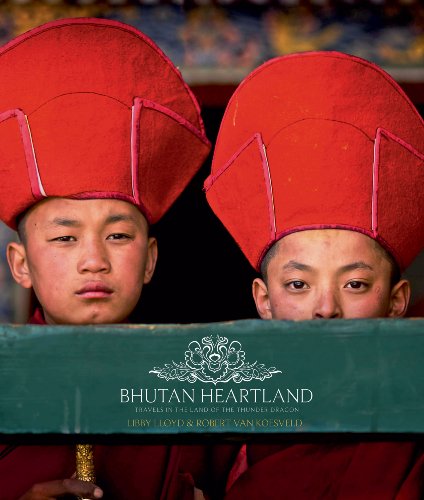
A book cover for Bhutan Heartland: Travels in the Land of the Thunder Dragon; Libby Lloyd; Travel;